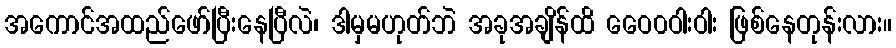
အကောင်အထည်ဖော်ပြီးနေပြီလဲ၊ ဒါမှမဟုတ်ဘဲ အခုအချိန်ထိ ဝေေ၀ဝါးဝါး ဖြစ်နေတုန်းလား။